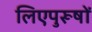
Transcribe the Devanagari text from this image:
लिएपुरूषों